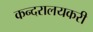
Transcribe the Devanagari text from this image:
कन्दरालयकरी